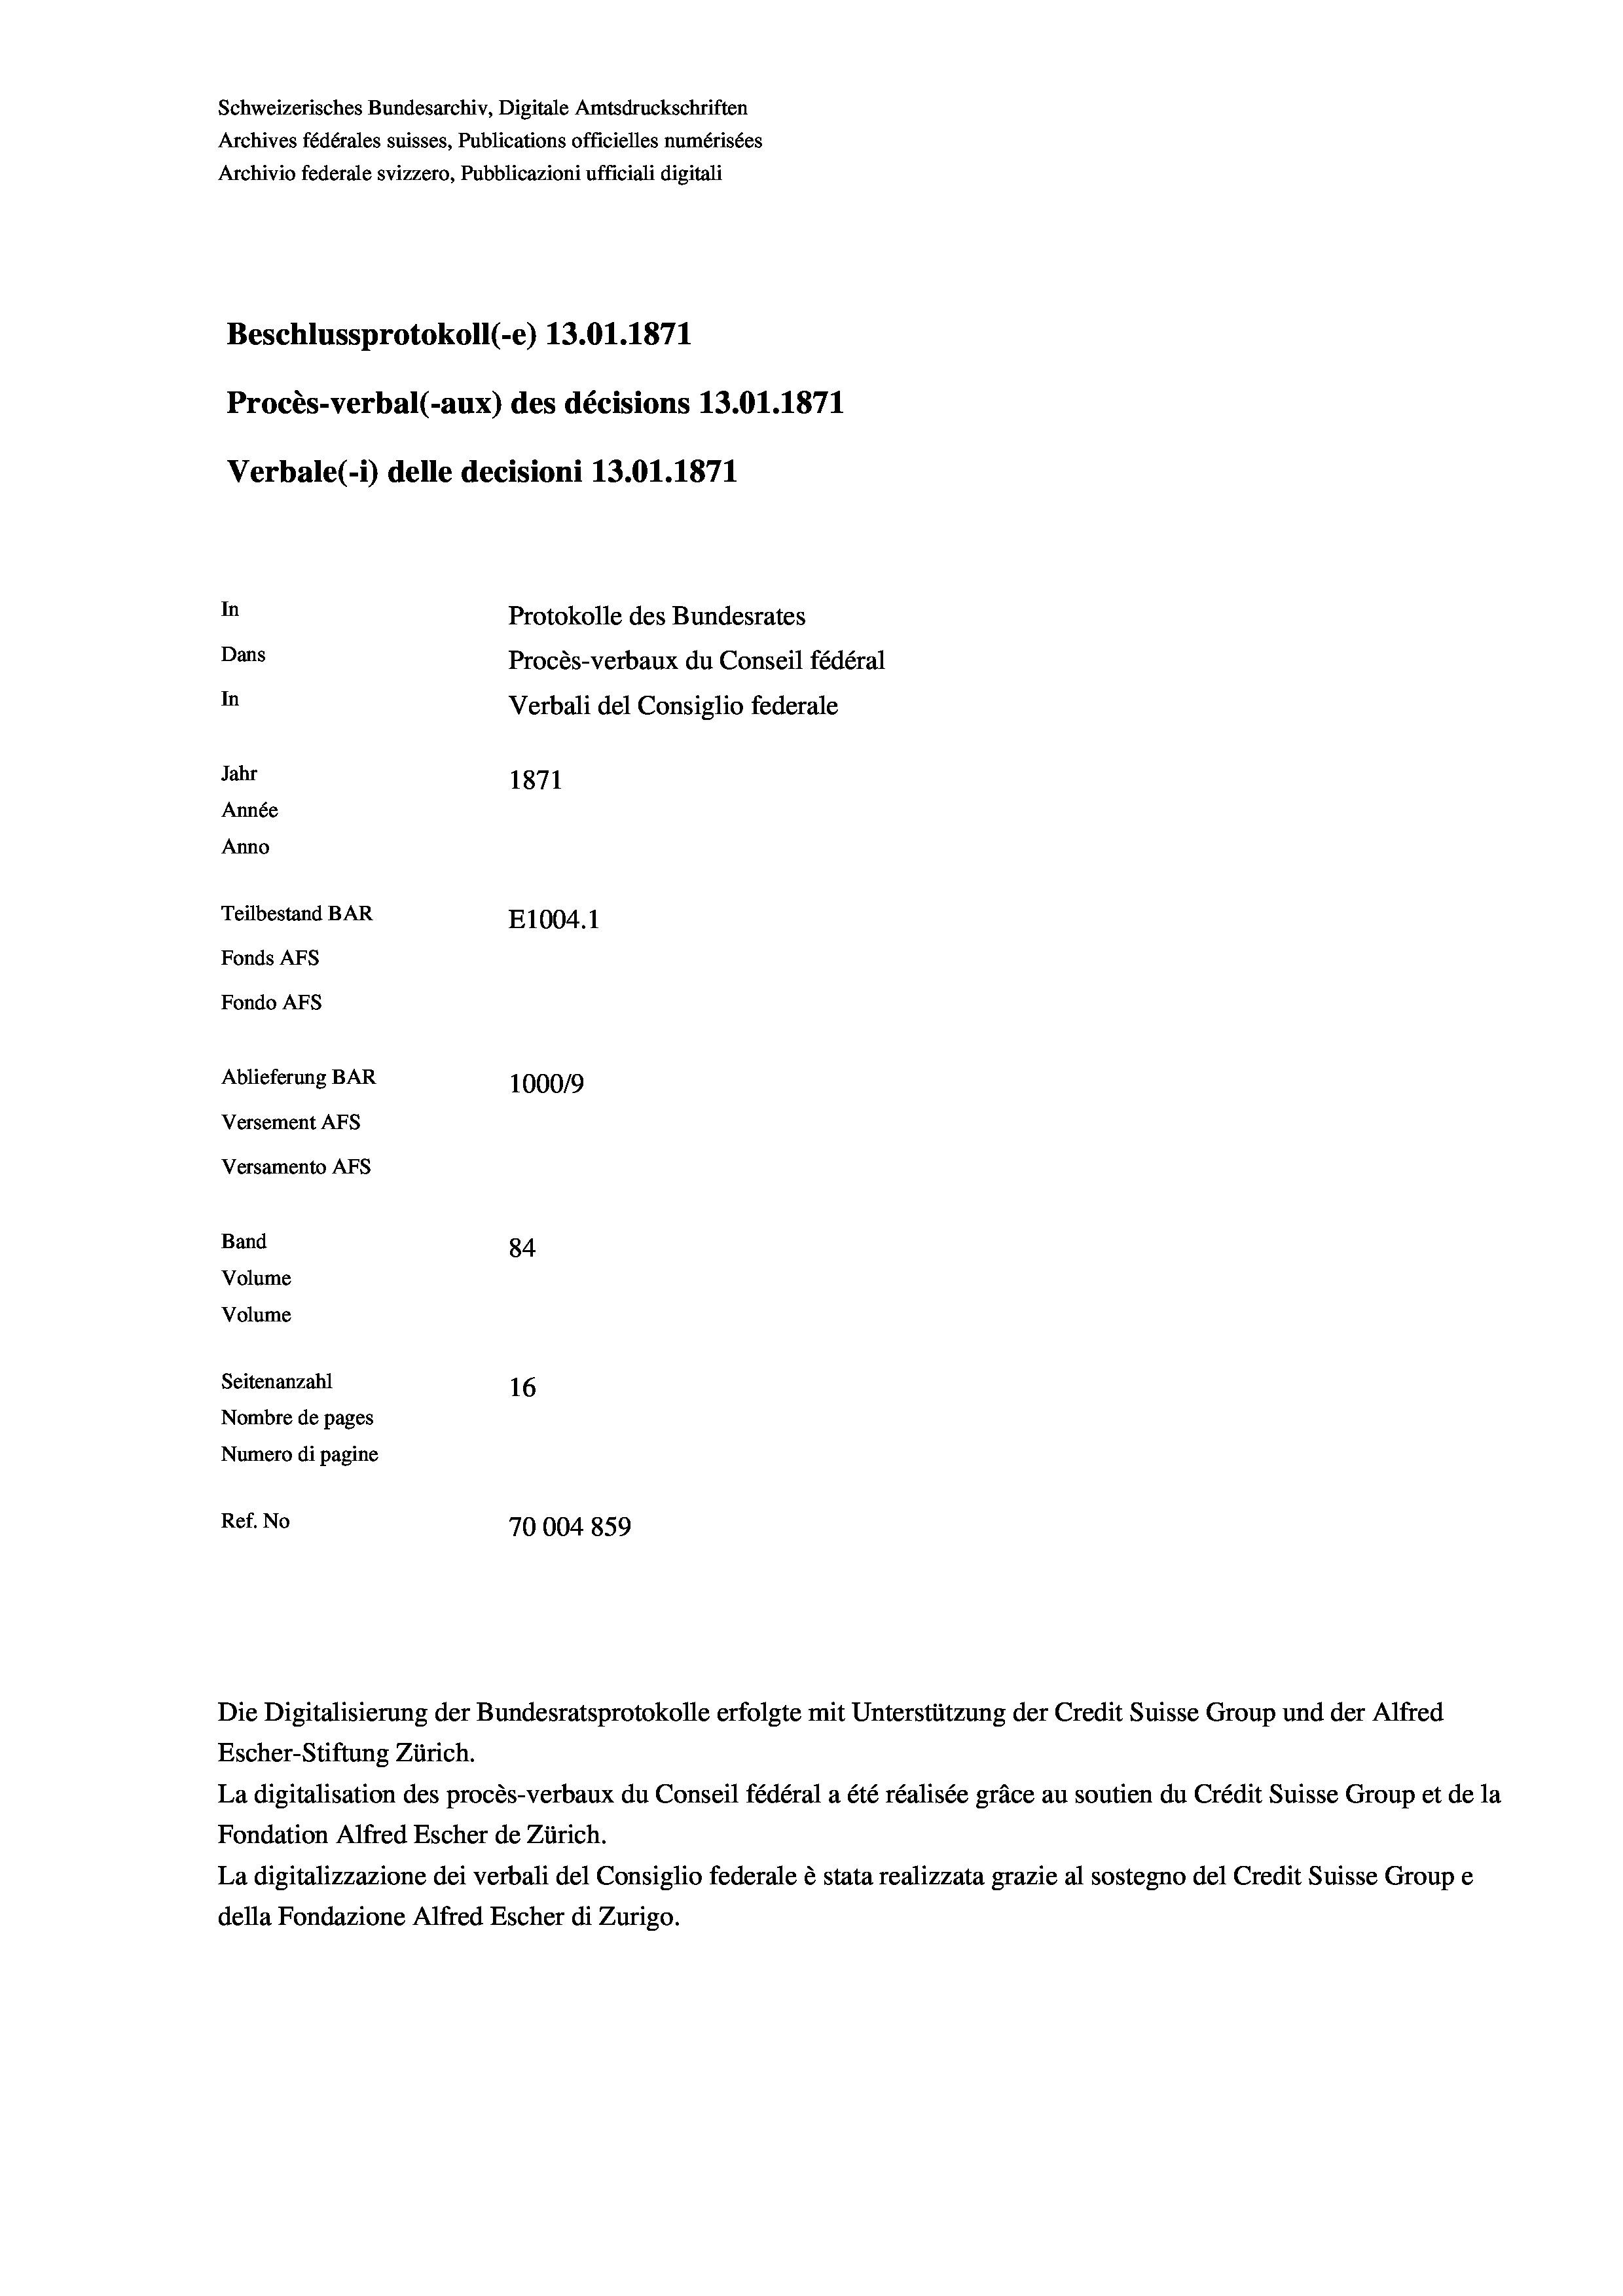
Schweizerisches Bundesarchiv, Digitale Amtsdruckschriften
Archives fédérales suisses, Publications officielles numérisées
Archivio federale svizzero, Pubblicazioni ufficiali digitali
Beschlussprotokoll (-e) 13.01. 1871
Procès-verbal (-aux) des décisions 13.01. 1871
Verbale(-*) delle decisioni 13.01. 1871
In
Protokolle des Bundesrates
Dans
Procès-verbaux du Conseil fédéral
In
Verbali del Consiglio federale
Jahr
1871
Année
Anno
Teilbestand BAR
E1004.1
Fonds AFs
Fondo AFs
Ablieferung BAR
100019
Versement Abs
Versamento AFs
Band
84

Seitenanzahl
16
Nombre de pages
Numero di pagine
Ref. No
70004859

Volume
Volume

Escher-Stiftung Zürich.
La digitalisation des procès-verbaux du Conseil fédéral a été réalisée gräce au soutien du Crédit Suisse Group et de la
Fondation Alfred Escher de Zürich.
La digitalizzazione dei verbali del Consiglio federale è stata realizzata grazie al sostegno del Credit Suisse Groupe
della Fondazione Alfred Escher di Zurigo.

Die Digitalisierung der Bundesratsprotokolle erfolgte mit Unterstützung der Credit Suisse Group und der Alfred